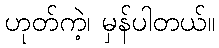
ဟုတ်ကဲ့၊ မှန်ပါတယ်။